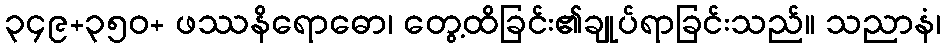
၃၄၉+၃၅၀+ ဖဿနိရောဓော၊ တွေ့ထိခြင်း၏ချုပ်ရာခြင်းသည်။ သညာနံ၊